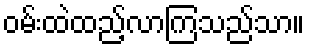
ဝမ်းထဲထည့်လာကြသည်သာ။